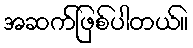
အဆက်ဖြစ်ပါတယ်။